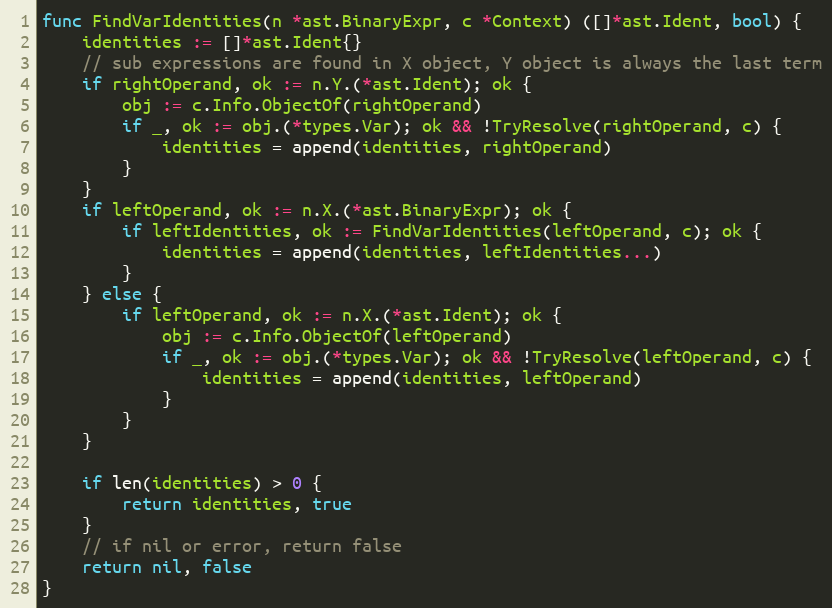
Language: Go
func FindVarIdentities(n *ast.BinaryExpr, c *Context) ([]*ast.Ident, bool) {
	identities := []*ast.Ident{}
	// sub expressions are found in X object, Y object is always the last term
	if rightOperand, ok := n.Y.(*ast.Ident); ok {
		obj := c.Info.ObjectOf(rightOperand)
		if _, ok := obj.(*types.Var); ok && !TryResolve(rightOperand, c) {
			identities = append(identities, rightOperand)
		}
	}
	if leftOperand, ok := n.X.(*ast.BinaryExpr); ok {
		if leftIdentities, ok := FindVarIdentities(leftOperand, c); ok {
			identities = append(identities, leftIdentities...)
		}
	} else {
		if leftOperand, ok := n.X.(*ast.Ident); ok {
			obj := c.Info.ObjectOf(leftOperand)
			if _, ok := obj.(*types.Var); ok && !TryResolve(leftOperand, c) {
				identities = append(identities, leftOperand)
			}
		}
	}

	if len(identities) > 0 {
		return identities, true
	}
	// if nil or error, return false
	return nil, false
}